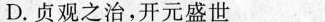
D.贞观之治，开元盛世